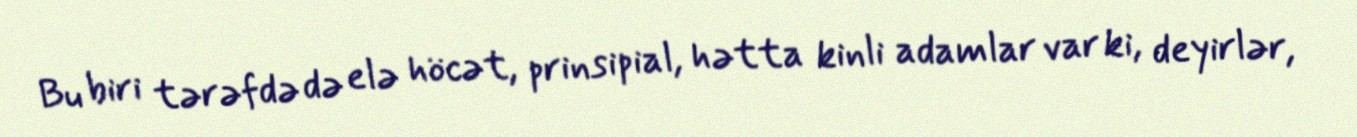
Bu biri tərəfdə də elə höcət, prinsipial, hətta kinli adamlar var ki, deyirlər,